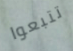
تتبعوا